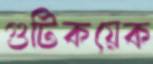
গুটিকয়েক